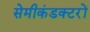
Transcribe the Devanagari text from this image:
सेमीकंडक्टरों